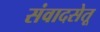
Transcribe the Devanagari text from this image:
संवादसेतू